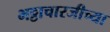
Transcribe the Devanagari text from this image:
भट्टाचारजीच्या